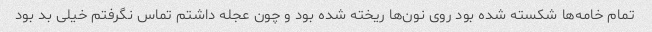
تمام خامه‌ها شکسته شده بود روی نون‌ها ریخته شده بود و چون عجله داشتم تماس نگرفتم خیلی بد بود